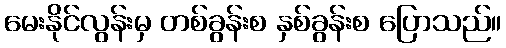
မေးနိုင်လွန်းမှ တစ်ခွန်းစ နှစ်ခွန်းစ ပြောသည်။